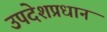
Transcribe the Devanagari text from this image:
उपदेशप्रधान